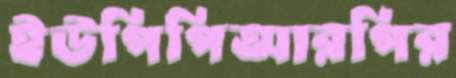
ইউপিপিআরপির